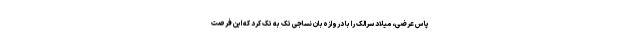
پاس عرضی، میلاد سرالک را با دروازه‌بان نساجی تک به تک کرد که این فرصت